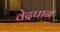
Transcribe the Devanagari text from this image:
वेदपान